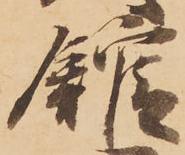
館